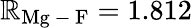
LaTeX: \mathbb{R}_{\mathrm{{Mg\mathrm{{~-~}}F}}}=1.812